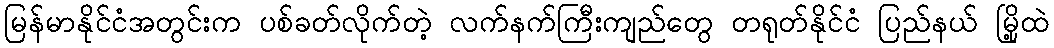
မြန်မာနိုင်ငံအတွင်းက ပစ်ခတ်လိုက်တဲ့ လက်နက်ကြီးကျည်တွေ တရုတ်နိုင်ငံ ပြည်နယ် မြို့ထဲ